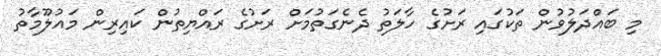
މި ބައްދަލުވުން ތަކުގައި ރަށުގެ ހާލަތު ދެނެގަތުމަށް ރަށުގެ ރައްޔިތުން ކައިރިން މައުލޫމާތު